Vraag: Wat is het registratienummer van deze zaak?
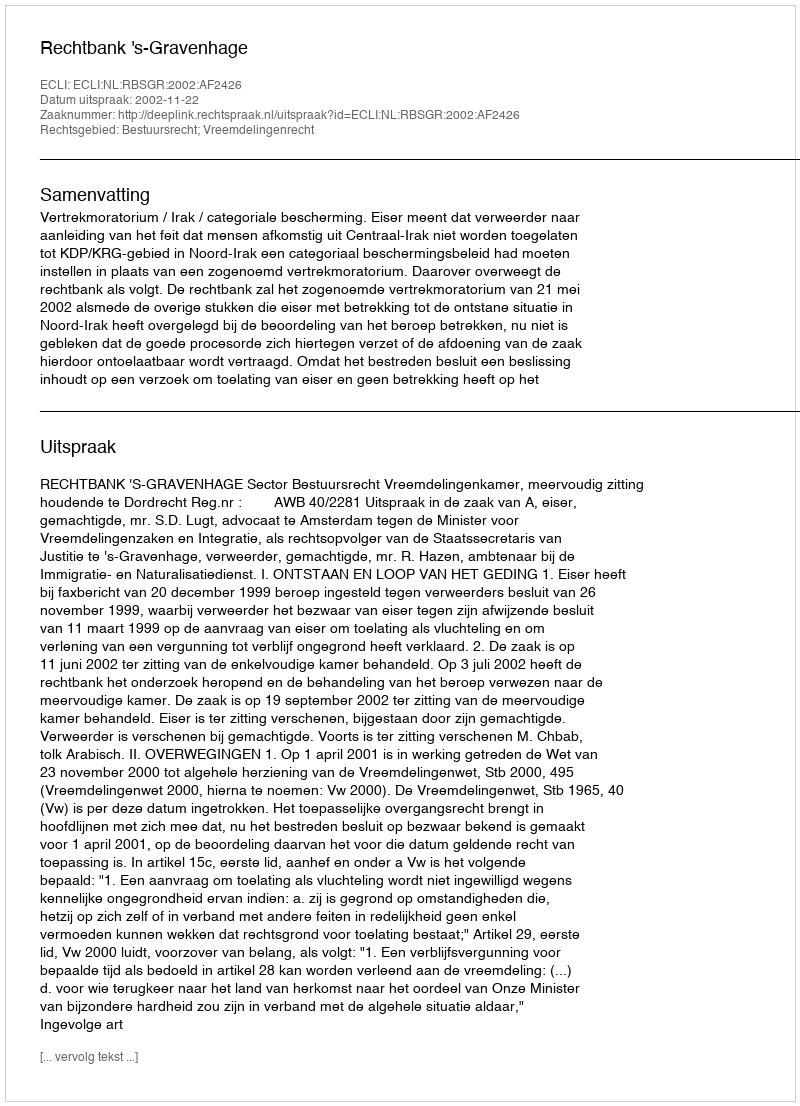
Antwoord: http://deeplink.rechtspraak.nl/uitspraak?id=ECLI:NL:RBSGR:2002:AF2426